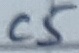
Text: C5